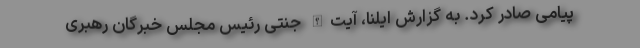
پیامی صادر کرد. به گزارش ایلنا، آیت‌الله جنتی رئیس مجلس خبرگان رهبری